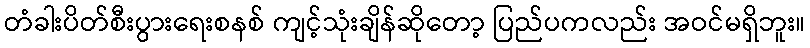
တံခါးပိတ်စီးပွားရေးစနစ် ကျင့်သုံးချိန်ဆိုတော့ ပြည်ပကလည်း အဝင်မရှိဘူး။